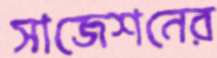
সাজেশনের